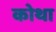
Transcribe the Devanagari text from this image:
कोथा